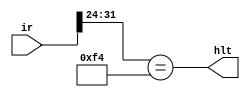
module hlt_generater(ir, hlt);
   input [31:0] ir;
   output 	hlt;

   assign hlt = (ir[31:24] == 8'b1111_0100);
endmodule